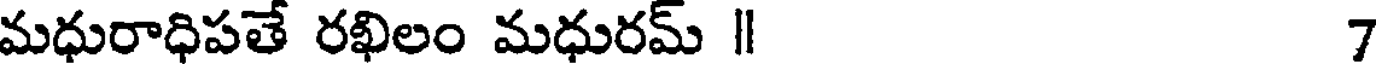
మధురాధిపతే రఖిలం మధురమ్ || 7